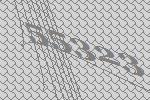
55323